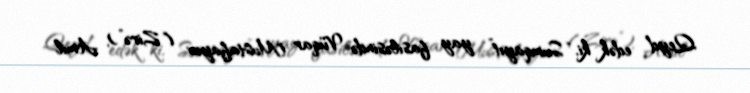
Qeyd edək ki, “Sumqayıt” yay fasiləsində Vüqar Mustafayev (“Zirə”), Amil